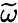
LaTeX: \widetilde{\omega}